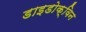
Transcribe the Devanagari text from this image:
डाइडोक्विन